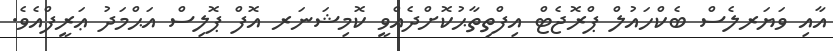
އާއި ވަޔަރލެސް ބެކްހައުލް ޕްރޮޖެޓް އިފްތިތާޙުކޮށްދެއްވީ ކޮމިޝަނަރ އޮފް ޕޮލިސް އަޙްމަދު ޢަރީފްއެވެ.